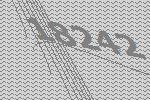
18242